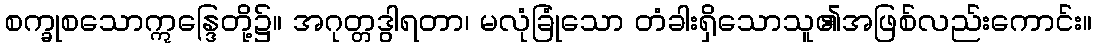
စက္ခုစသောဣန္ဒြေတို့၌။ အဂုတ္တဒွါရတာ၊ မလုံခြုံသော တံခါးရှိသောသူ၏အဖြစ်လည်းကောင်း။